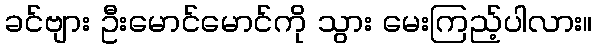
ခင်ဗျား ဦးမောင်မောင်ကို သွား မေးကြည့်ပါလား။